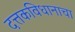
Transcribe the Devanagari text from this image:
दत्तकविधानाचा